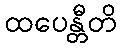
ထပေန္တီတိ